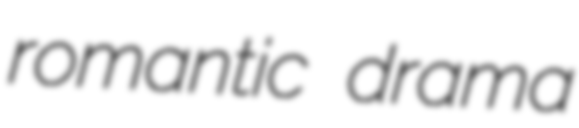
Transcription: romantic drama